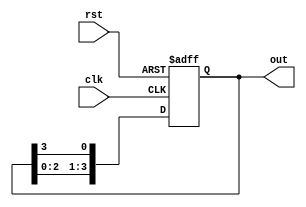
module ring_counter (
    input wire clk,        // Clock signal
    input wire rst,        // Asynchronous reset signal
    output reg [3:0] out   // 4-bit output representing the state of the ring counter
);

// State transition logic
always @(posedge clk or posedge rst) begin
    if (rst) begin
        // Reset state: Set the first flip-flop to '1' and others to '0'
        out <= 4'b0001;
    end else begin
        // Shift the '1' to the left, wrapping around to the rightmost position
        out <= {out[2:0], out[3]};
    end
end

endmodule